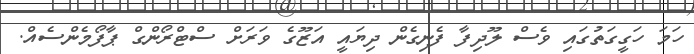
ހަމަ ހަގީގަތުގައި ވެސް ލޫދިފާ ފެނިގެން ދިޔައީ އަޒޫގެ ވަރަށް ސްޓްރޯންގް ޕާފޯމެންސެއް.